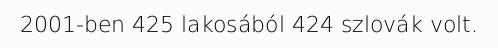
2001-ben 425 lakosából 424 szlovák volt.